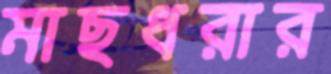
মাছধরার